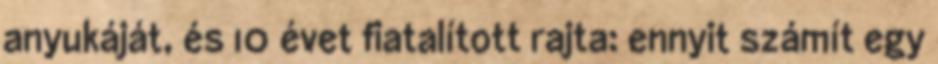
anyukáját, és 10 évet fiatalított rajta: ennyit számít egy